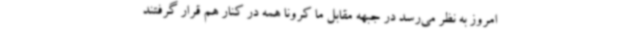
امروز به نظر می‌رسد در جبهه مقابل ما کرونا همه در کنار هم قرار گرفتند